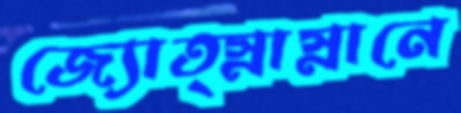
জ্যোত্স্নাস্নানে